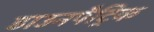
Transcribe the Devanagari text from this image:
डाउनपैट्रिक